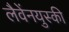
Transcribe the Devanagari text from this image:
लैवेंनयुस्की